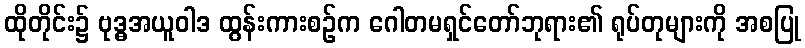
ထိုတိုင်း၌ ဗုဒ္ဓအယူဝါဒ ထွန်းကားစဉ်က ဂေါတမရှင်တော်ဘုရား၏ ရုပ်တုများကို အစပြု